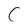
Character: C